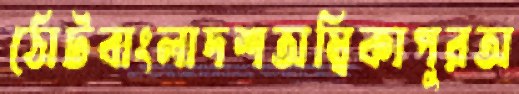
ঠোটবাংলাদশঅম্বিকাপুরঅ